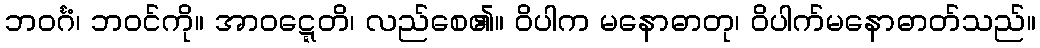
ဘဝင်္ဂံ၊ ဘဝင်ကို။ အာဝဋ္ဋေတိ၊ လည်စေ၏။ ဝိပါက မနောဓာတု၊ ဝိပါက်မနောဓာတ်သည်။